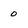
Character: 0